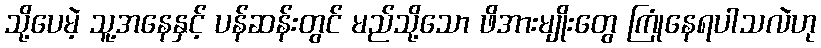
သို့ပေမဲ့ သူ့အနေနှင့် ပန်ဆန်းတွင် မည်သို့သော ဖိအားမျိုးတွေ ကြုံနေရပါသလဲဟု